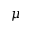
\mu